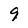
Character: 9